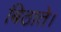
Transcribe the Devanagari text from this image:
बिठाते।